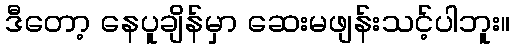
ဒီတော့ နေပူချိန်မှာ ဆေးမဖျန်းသင့်ပါဘူး။